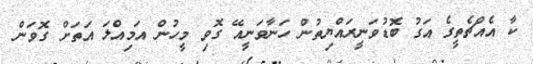
ކާ އެއްޗެތީގެ އަގު ބޮޑުވަނީރައްޔިތުން ހަނާވަނީއޭ ގޮވި މީހުން އަމިއްލަ އަަތަށް ގޮވަން